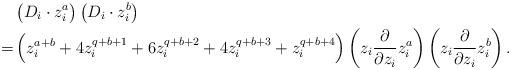
LaTeX: \begin{align*}&\left(\vphantom{z_i^b}D_i\cdot z_i^a\right)\left(D_i\cdot z_i^b\right)\\=&\left(z_i^{a+b}+4z_i^{q+b+1}+6z_i^{q+b+2}+4z_i^{q+b+3}+z_i^{q+b+4}\right)\left(z_i\frac{\partial}{\partial z_i}z_i^a\right)\left(z_i\frac{\partial}{\partial z_i}z_i^b\right).\end{align*}